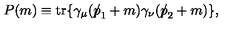
P ( m ) \equiv \mathrm { t r } \{ \gamma _ { \mu } ( { p \! \! \! \slash } _ { 1 } + m ) \gamma _ { \nu } ( { p \! \! \! \slash } _ { 2 } + m ) \} ,